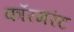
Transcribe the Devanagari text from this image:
कॉरमरंट